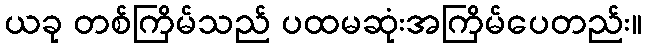
ယခု တစ်ကြိမ်သည် ပထမဆုံးအကြိမ်ပေတည်း။